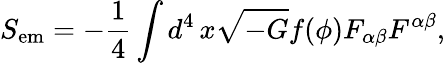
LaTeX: S_{\mathrm{em}}=-\frac{1}{4}\int d^{4}\, x\sqrt{-G}f(\phi)F_{\alpha\beta}F^{\alpha\beta},